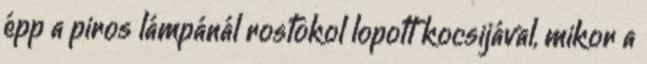
épp a piros lámpánál rostokol lopott kocsijával, mikor a